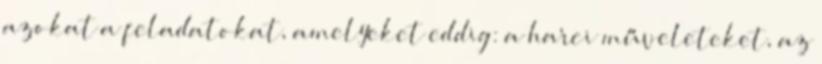
azokat a feladatokat, amelyeket eddig: a harci műveleteket, az